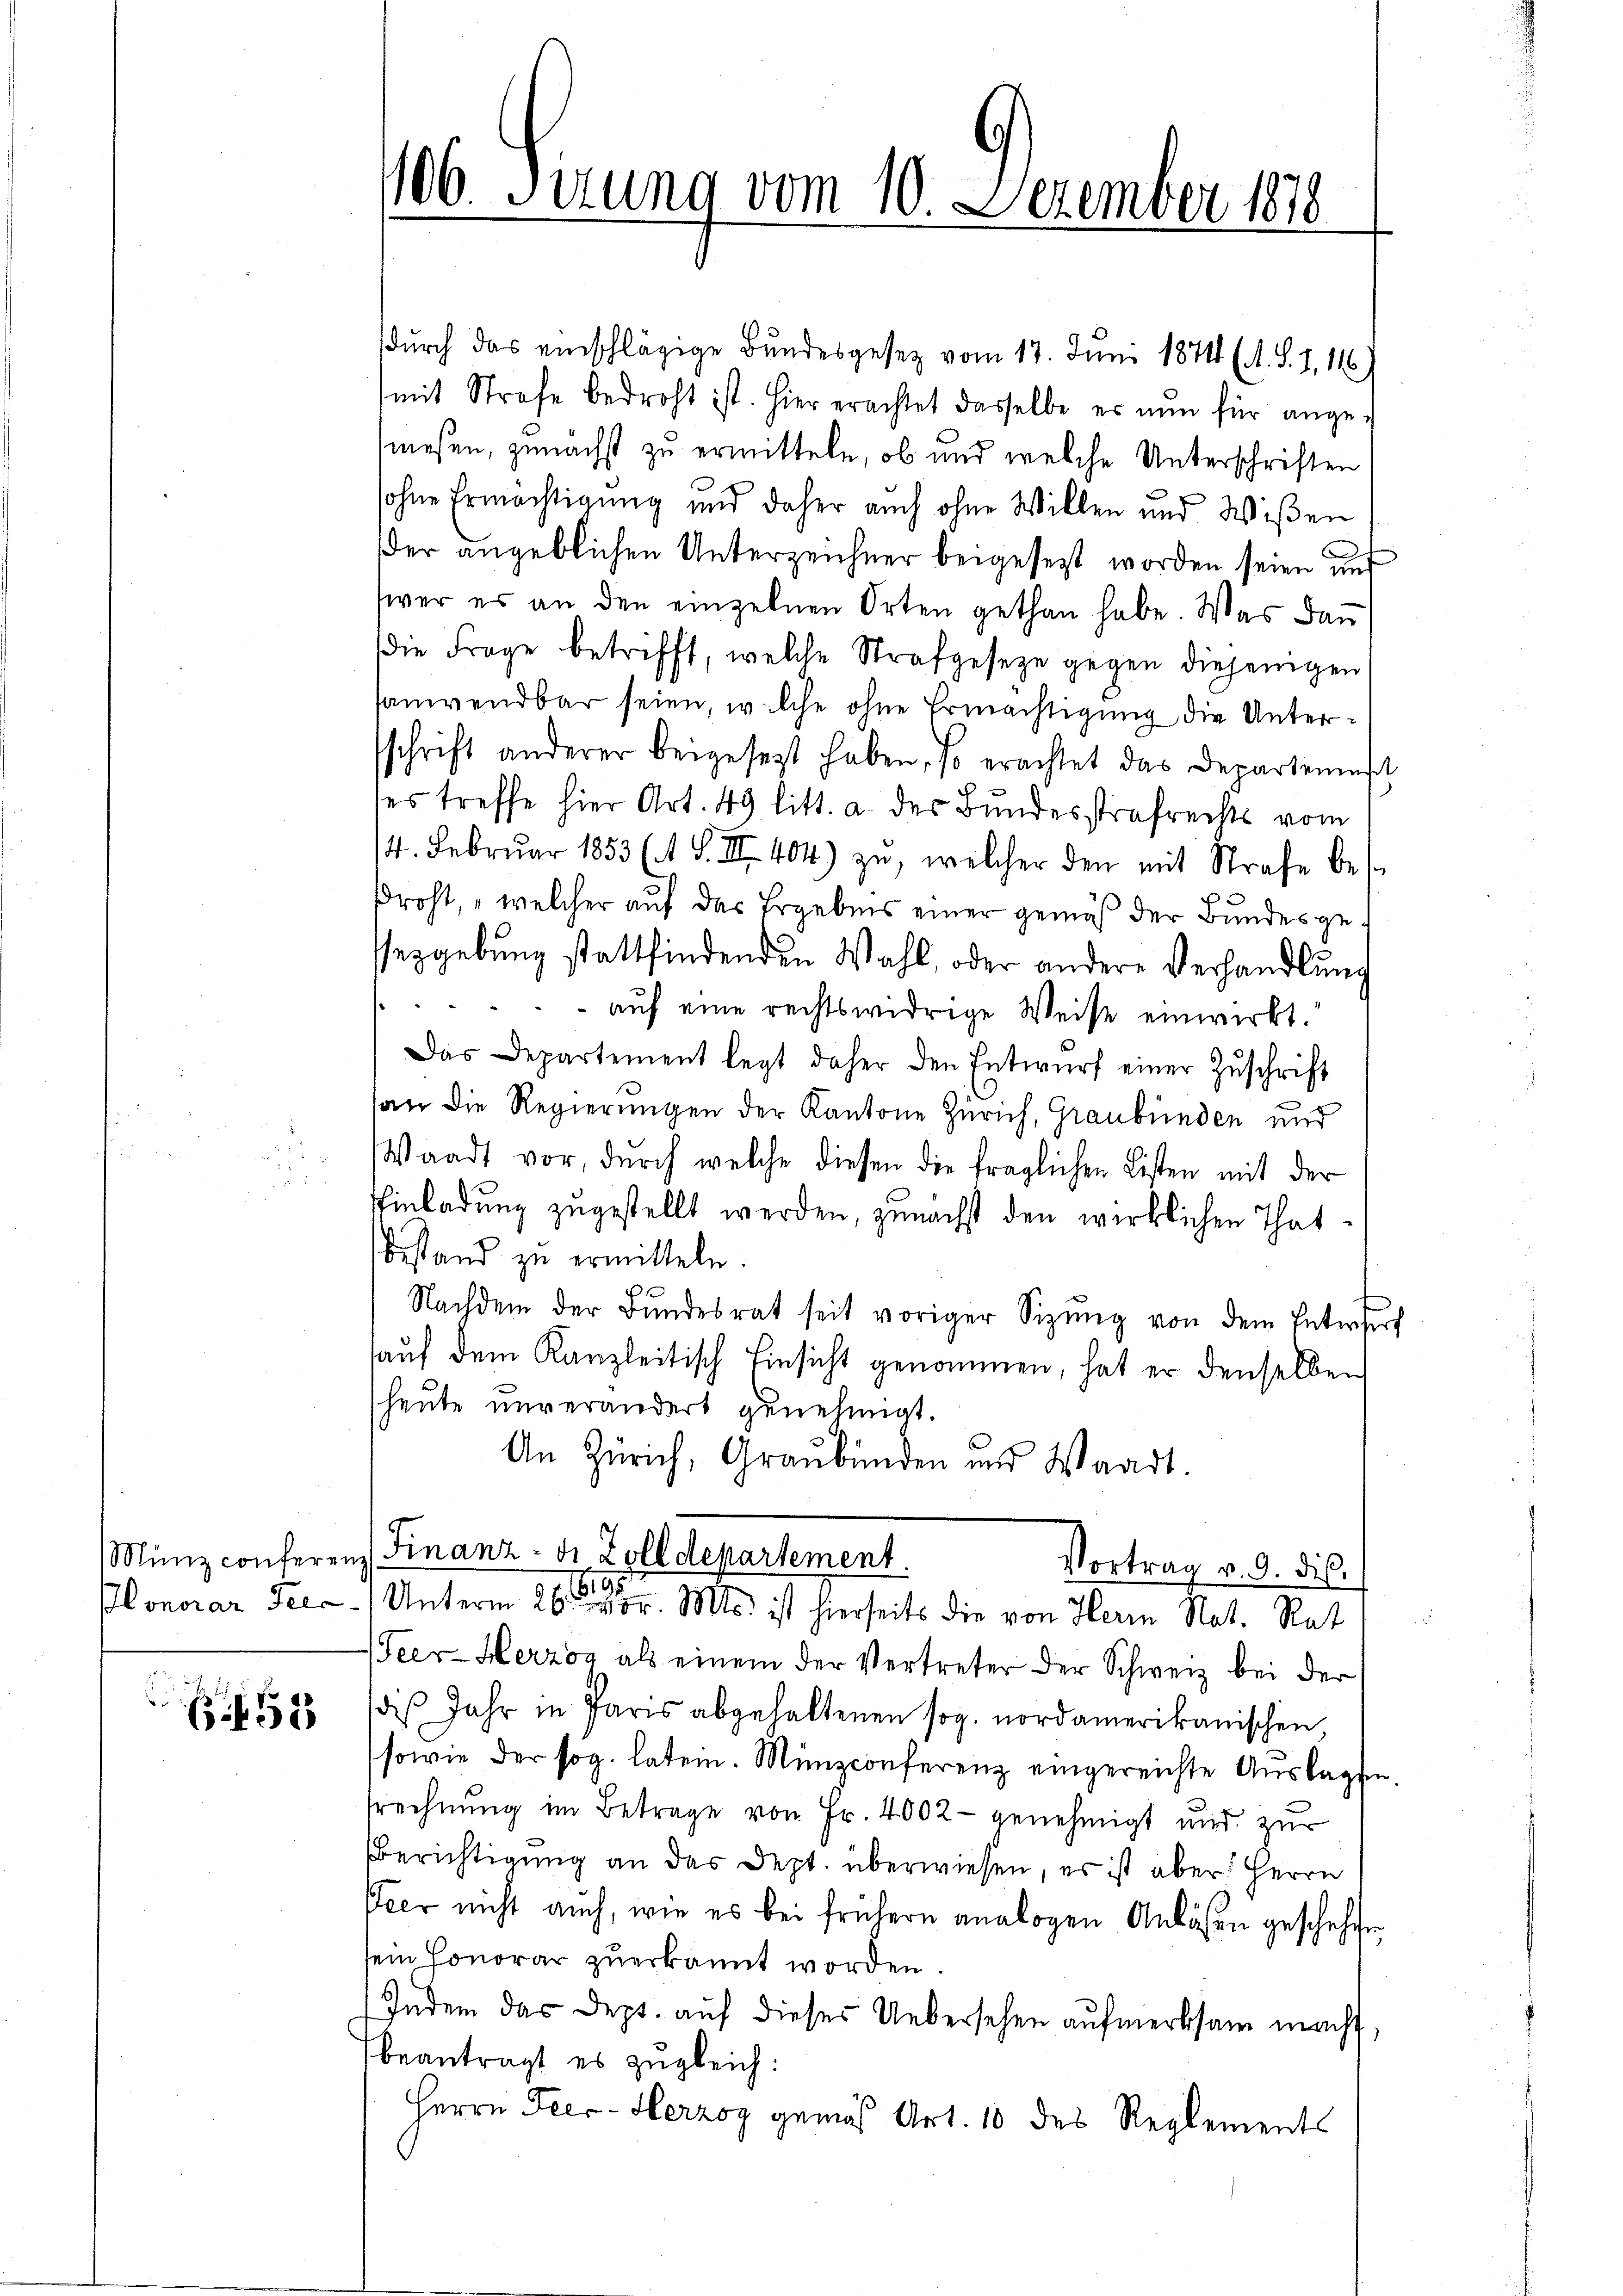
51

durch das einschlägige Bundesgesetz vom 17. Juni 1871 (A. S. 1. 14
(mit Strafe bedroht ist. Hier erachtet dasselbe er nŭn für ange-
wesen, zunächst zu ermitteln, ob und welche Unterschriften
sohne Ermächtigung und daher auch ohne Willen und Wißen
der angeblichen Unterzeichner beigesetzt worden seien und
wer es an den einzelnen Orten gethan habe. Was dan
die Frage betrifft, welche Strafgeseze gegen diejenigen
sanwendbar seien, welche ohne Ermächtigung die Unterschrift anderer beigesezt haben, so erachtet das Departemensch
es treffe hier Art. 49 litt. a. des Bundesstrafrechts vom
14. Febrŭar 1853 (1 S. II 404) zŭ, welcher den mit Strafe bes
droht, „welcher auf das Ergebnis einer gemäß der Bundesgessezgebung stattfindenden Wahl, oder andere Verhandlung
auf eine rechtswidrige Weise einwirkt.
Das Departement legt daher den Entwŭrf einer Zŭschrift
san die Regierungen der Kantone Zürich, Graubünden und
Waadt vor, durch welche diesen die fraglichen Listen mit der
Einladung zugestellt werden, zunächst den wirklichen That¬
Bestand zu ermitteln.
Nachdem der Bŭndesrat seit voriger Sizŭng von dem Entwurf
auf dem Kanzleitisch Einsicht genommen, hat er denselben
heute unverändert genehmigt.
An Zürich, Graubünden und Waadt.
Münz conferen Finanz-di Zolldepartement.
Vortrag v. 9. dis.
.
Honorar Tee-Unterm 26. vor. Mts. ist hierseits die von Herrn Not. Rat
Teer-Herzog als einem der Vertreter der Schweiz bei der
des Jahr in Paris abgehaltenen sog. nordamerikanischen,
sowie der sog. latein. Münzconferenz eingereichte Auslagen.
trechnung im Betrage von Fr. 4002 - genehmigt und zur
Berichtigung an das Dept. überwiesen, es ist aber Herrn
Peer nicht auch, wie es bei frühern analogen Anläßen geschehen.
sein Honorar zuerkannt worden
Indem das Dept. auf dieses Uebersehen aufmerksam macht,
beantragt es zugleich:
Herrn Teer- Herzog gemäß Art. 10 des Reglements

106. Serung vom 10. Dezember 1878